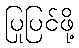
ပြုပြင်ဖို့